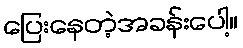
ပြေးနေတဲ့အခန်းပေါ့။